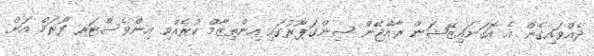
ދެއްވައިގެން އެ އޮގަނައިޒޭޝަން ރާއްޖޭން ސިންގަޕޫރުގައި އިންތިޒާމް ކުރެއްވި އިންވެސްޓަރ ފޯރަމް އަށް